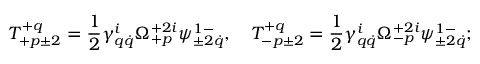
T _ { + p \pm 2 } ^ { + q } = \frac 1 2 \gamma _ { q \dot { q } } ^ { i } \Omega _ { + p } ^ { + 2 i } \psi _ { \pm 2 \dot { q } } ^ { 1 - } , \quad T _ { - p \pm 2 } ^ { + q } = \frac 1 2 \gamma _ { q \dot { q } } ^ { i } \Omega _ { - p } ^ { + 2 i } \psi _ { \pm 2 \dot { q } } ^ { 1 - } ;